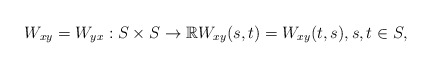
\begin{align*}W_{xy}=W_{yx}:S\times S\rightarrow \mathbb{R}W_{xy}(s,t)=W_{xy}(t,s),s,t\in S, \end{align*}